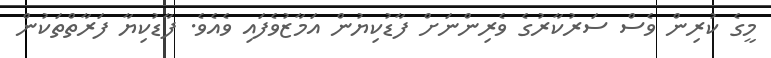
މީގެ ކުރިން ވެސް ސަރުކާރުގެ ވެރިންނަށް ފާޑުކިޔުން އަމާޒުވެފައި ވެއެވެ. ފާޑުކިޔާ ފަރާތްތަކުން